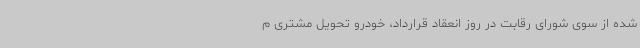
شده از سوی شورای رقابت در روز انعقاد قرارداد، خودرو تحویل مشتری م